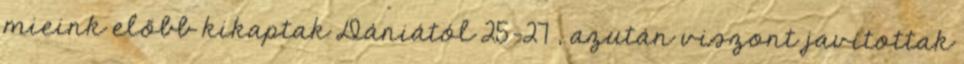
mieink előbb kikaptak Dániától 25-27 , azután viszont javítottak